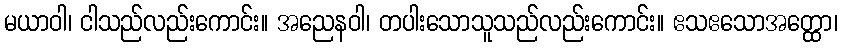
မယာဝါ၊ ငါသည်လည်းကောင်း။ အညေနဝါ၊ တပါးသောသူသည်လည်းကောင်း။ ဧသဧသောအတ္ထော၊